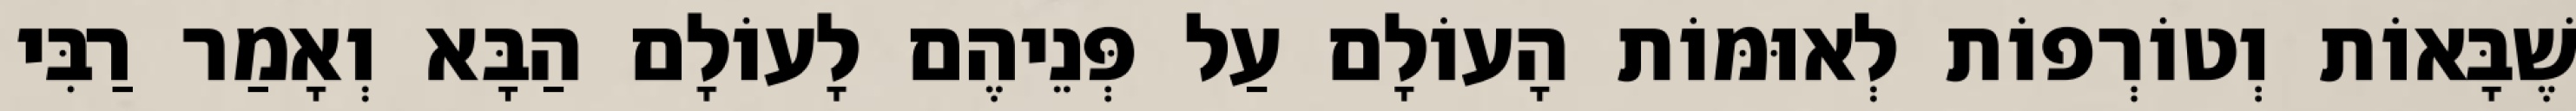
שֶׁבָּאוֹת וְטוֹרְפוֹת לְאוּמּוֹת הָעוֹלָם עַל פְּנֵיהֶם לָעוֹלָם הַבָּא וְאָמַר רַבִּי